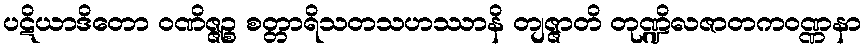
ပဋိယာဒိတော ဝဏိဇ္ဇဉ္စ စတ္တာရိသတသဟဿာနိ တျဇ္ဇာတိ တုဏ္ဍိလဇာတကဝဏ္ဏနာ